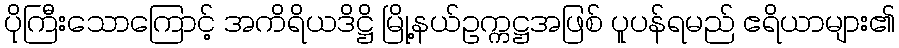
ပိုကြီးသောကြောင့် အကိရိယဒိဋ္ဌိ မြို့နယ်ဥက္ကဋ္ဌအဖြစ် ပူပန်ရမည် ဧရိယာများ၏